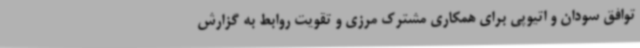
توافق سودان و اتیوپی برای همکاری مشترک مرزی و تقویت روابط به گزارش